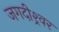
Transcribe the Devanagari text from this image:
जगदीश्र्वर